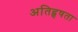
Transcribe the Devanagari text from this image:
अतिहृषता